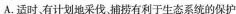
A.适时、有计划地采伐。捕捞有利于生态系统的保护